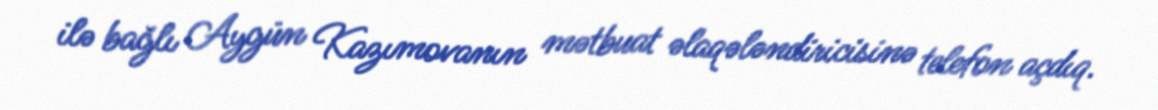
ilə bağlı Aygün Kazımovanın mətbuat əlaqələndiricisinə telefon açdıq.